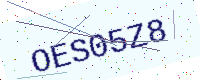
Text: OES05Z8